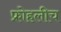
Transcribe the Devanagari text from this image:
फ्रोहलीच